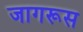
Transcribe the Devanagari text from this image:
जागरूस